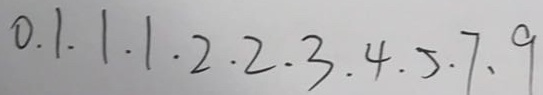
0 . 1 . 1 . 1 . 2 . 2 . 3 . 4 . 5 . 7 . 9